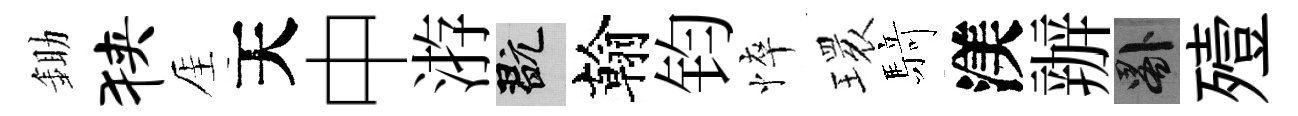
鋤狭厓天中㳺玩翰钧悴𤨔𮪍渼辦晷殪